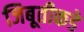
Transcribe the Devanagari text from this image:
जिबूतीकडे